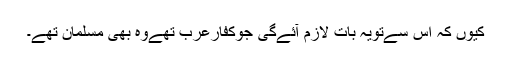
کیوں کہ اس سےتویہ بات لازم آئےگی جوکفارعرب تھےوہ بھی مسلمان تھے۔